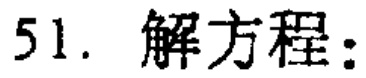
51. 解方程：